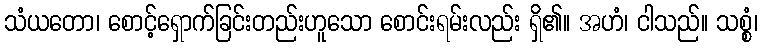
သံယတော၊ စောင့်ရှောက်ခြင်းတည်းဟူသော စောင်းရမ်းလည်း ရှိ၏။ အဟံ၊ ငါသည်။ သစ္စံ၊